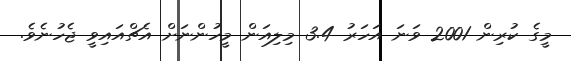
މީގެ ކުރިން 2001 ވަނަ އަހަރު 3.4 މިލިއަން މީހުންނަށް އެޗްއައިވީ ޖެހުނެވެ.